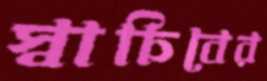
স্বাচিবের